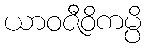
ယာဝဇီဝိကမ္ပိ